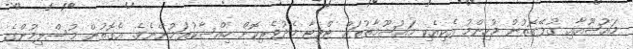
މައުޟޫއާއި ގުޅޭގޮތުން މުހިންމު އެކިއެކި މައުޟޫމާތުތައް ޓްވިޓާ މެދުވެރިކޮށް ހިއްސާކުރަމުންނެވެ. އެގޮތުން މުސްލިމުންގެ